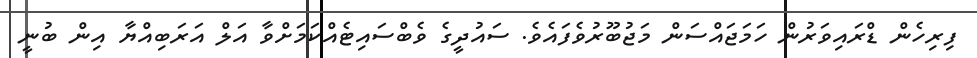
ފިރިހެން ޑްރައިވަރުން ހަމަޖައްސަން މަޖުބޫރުވެފައެވެ. ސައުދީގެ ވެބްސައިޓެއްކަމަށްވާ އަލް އަރަބިއްޔާ އިން ބުނީ